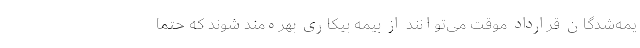
یمه‌شدگان قرارداد موقت می‌توانند از بیمه بیکاری بهره‌مند شوند که حتما